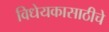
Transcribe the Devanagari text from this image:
विधेयकासाठीचे